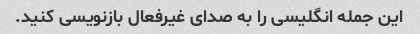
این جمله انگلیسی را به صدای غیرفعال بازنویسی کنید.